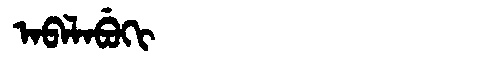
Manchu: ᠠᠪᠠᠯᠠᠪᡠᡴᡳ
Romanization: ABALABUKI